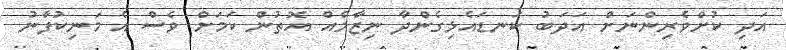
އަދި ކުށްވެރިންނަށް އަދަބު ކަނޑައެޅިގެންދާ ނިޒާމެއް އޮތުން ކަމަށް ވެސް އެ މަނިކުފާނު